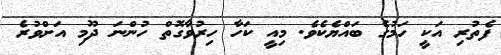
ފެތުރި އަކީ ހަމުގެ ބައްޔެކެވެ. މިއީ ކަހާ ހިރުވާގޮތް ހުންނަ ދޫމި އަށްވުރެ